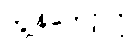
ကျွန်တော့်လို